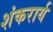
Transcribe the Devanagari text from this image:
शंकरार्य